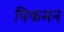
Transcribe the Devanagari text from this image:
पिकमन